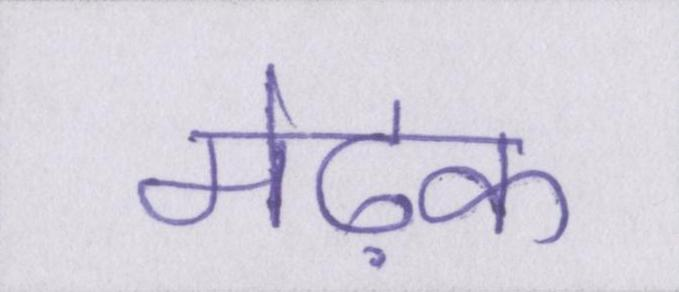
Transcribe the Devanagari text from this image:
मेढ़क